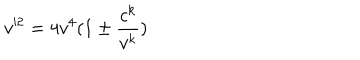
LaTeX: v ^ { 2 } = 4 v ^ { 4 } ( 1 \pm { \frac { c ^ { k } } { v ^ { k } } } )